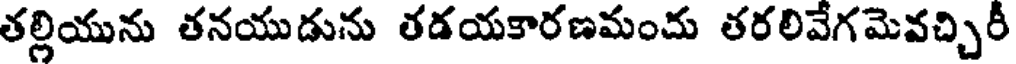
తల్లియును తనయుడును తడయకారణమంచు తరలివేగమెవచ్చిరీ